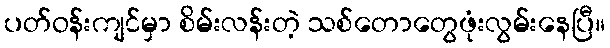
ပတ်ဝန်းကျင်မှာ စိမ်းလန်းတဲ့ သစ်တောတွေဖုံးလွမ်းနေပြီ။